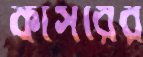
কাঁসরের